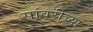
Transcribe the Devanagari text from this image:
सांवरीच्या